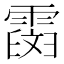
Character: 𩅒